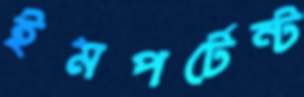
ইমপর্টেন্ট